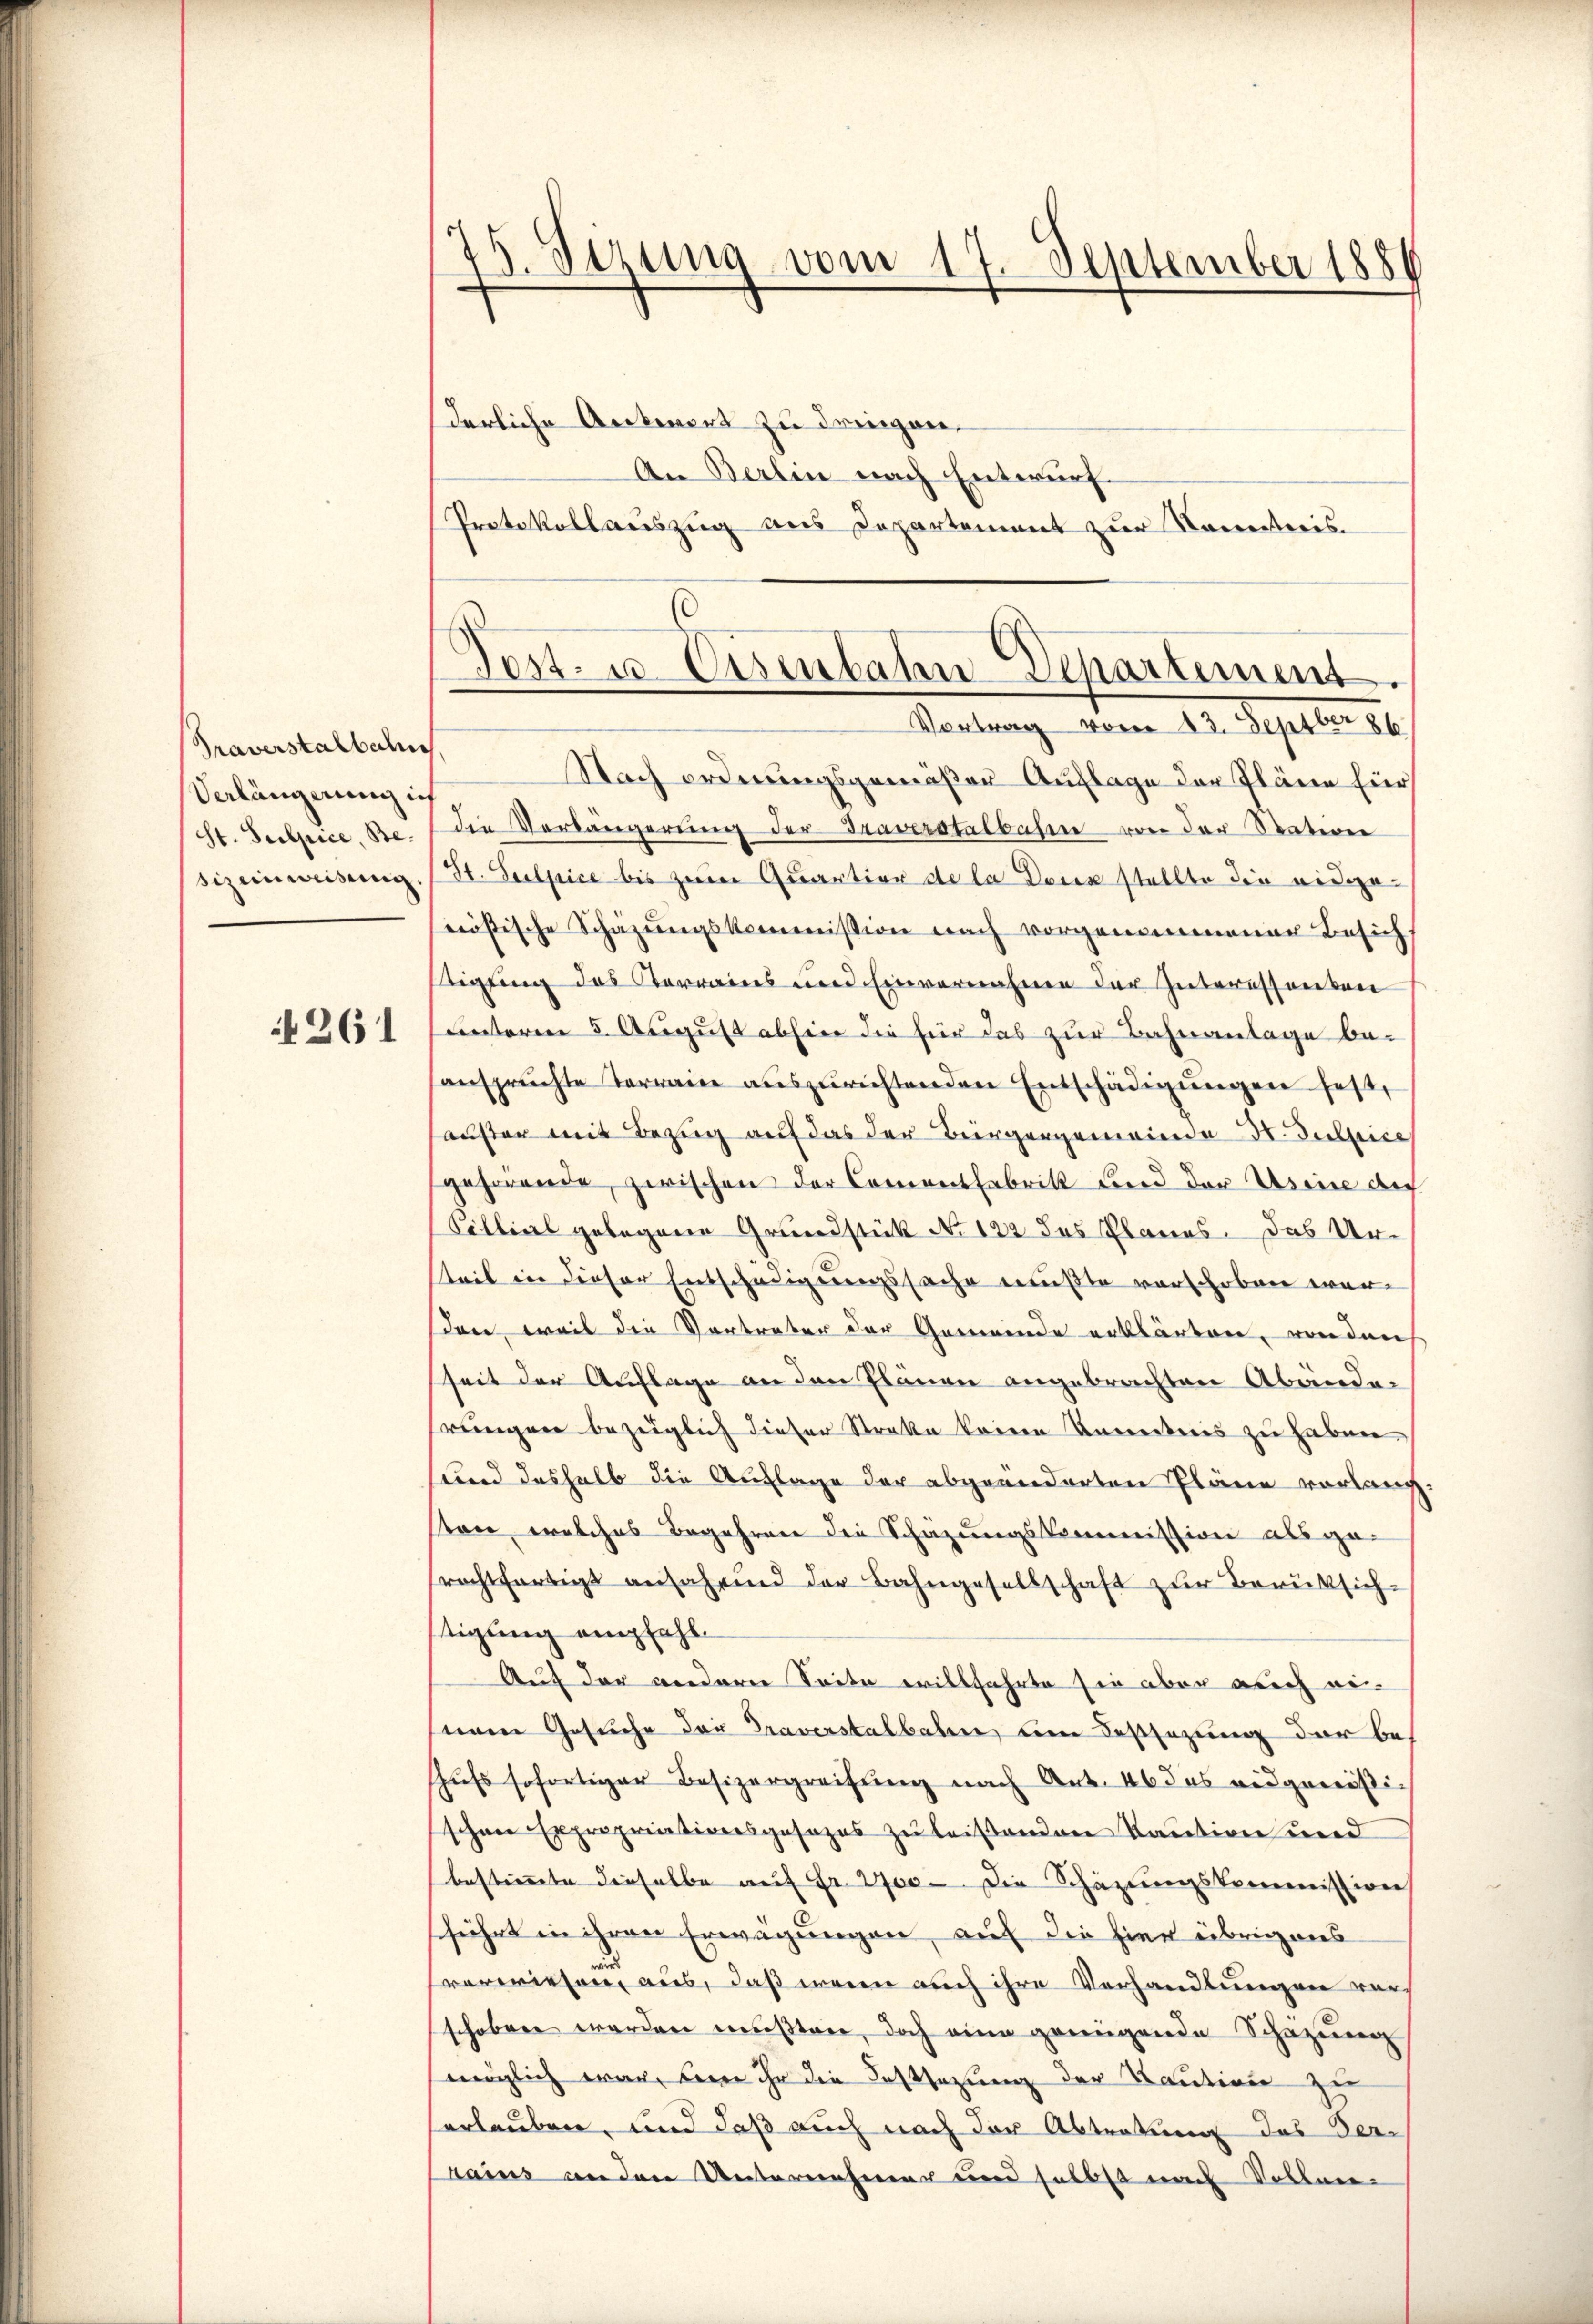
Praverstalbahne
Verlängerung ich
St. Sulpice, Besizeinweisung

N 261

75. Verung vom 17. September 1886

derliche Ankiert zu dringen.
An Berlin nach Entwurf.
Protokollauszug aus Departement zur Korrenteris
.

Nach ordnungsgemeßen Auflage der Pläne für
die Verlängerung der Traverstalbahne von der Nation
St. Sulpice bis zum Quartion de la Deck stellte die eidgenösische Schazungskommission nach vorgenommener Besich
tigung des Kerrains und Einvernahmen der Interessanten
unterm 5. August abhier die für das zur Bahnanlage be-
ansprüchte Terraine aŭszŭrichtenden Entschädigŭngen fest,
auser mit Bezug auf das der Bürgergemeinde Hr. Dubice
gehörende, zwischen der Commentfabritt und der Usence der
Cillial gelegene Grundstück No 122 des Planes. Das Urteil in dieser Entschädigungssache mußte verschoben werden, weil die Vortreter der Gemeinde erklärten, von den
seit der Auflage an den Plänen angebrachten Abändeprungen bezüglich dieser Streke keine Unwerteiis zu haben
sund deshalb die Auflage der abgeänderten Pläne vorlangston, welches Begehren die Schazungskommission als ge-
rechtfertigt anfahrend der Bahngesellschaft zur Berüksich-
tigung empfahl.
Auf der anderer Seite willfahrte sie aber auch eiterm Gesuche der Traverstalbahn um Festsezung der behufs sofortiger Besizergreifung nach Art. 46 das eidgenößischnee Expropriationsgesezes zu leistenden Kaution und
bestimmte dieselbe auf Fr. 200. Die Schazungskommission
führt in ihren Erwägungen, auf die hier übrigens
verwiesen, aus, daß wenn auch ihre Verhandlungen vor
schoben werden mußten, doch eine genügende Schazung
möglich war, seine ihr die Festsezung der Kaution zu
erlauben, und daß auch nach der Abtretung des Ver¬
Prains anden Unternehmer und selbst nach Vollen-

Post. u. Eisenbahn Departement.
Vortrag vom 23. Septber 186